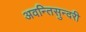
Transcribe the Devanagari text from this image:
अवन्तिसुन्दरी